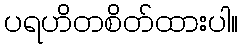
ပရဟိတစိတ်ထားပါ။